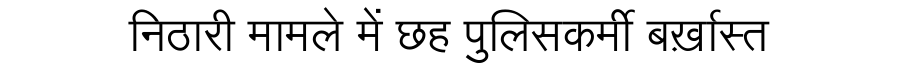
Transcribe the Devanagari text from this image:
निठारी मामले में छह पुलिसकर्मी बर्ख़ास्त